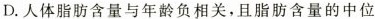
D.人体脂肪含量与年龄负相关，且脂肪含量的中位